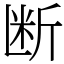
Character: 断